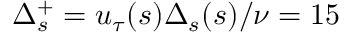
\Delta _ { s } ^ { + } = u _ { \tau } ( s ) \Delta _ { s } ( s ) / \nu = 1 5